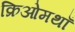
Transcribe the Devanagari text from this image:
क्रिओमथाँ